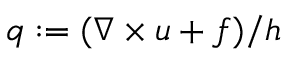
q : = ( \nabla \times \boldsymbol { u } + f ) / h